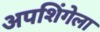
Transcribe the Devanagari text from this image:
अपशिंगेला